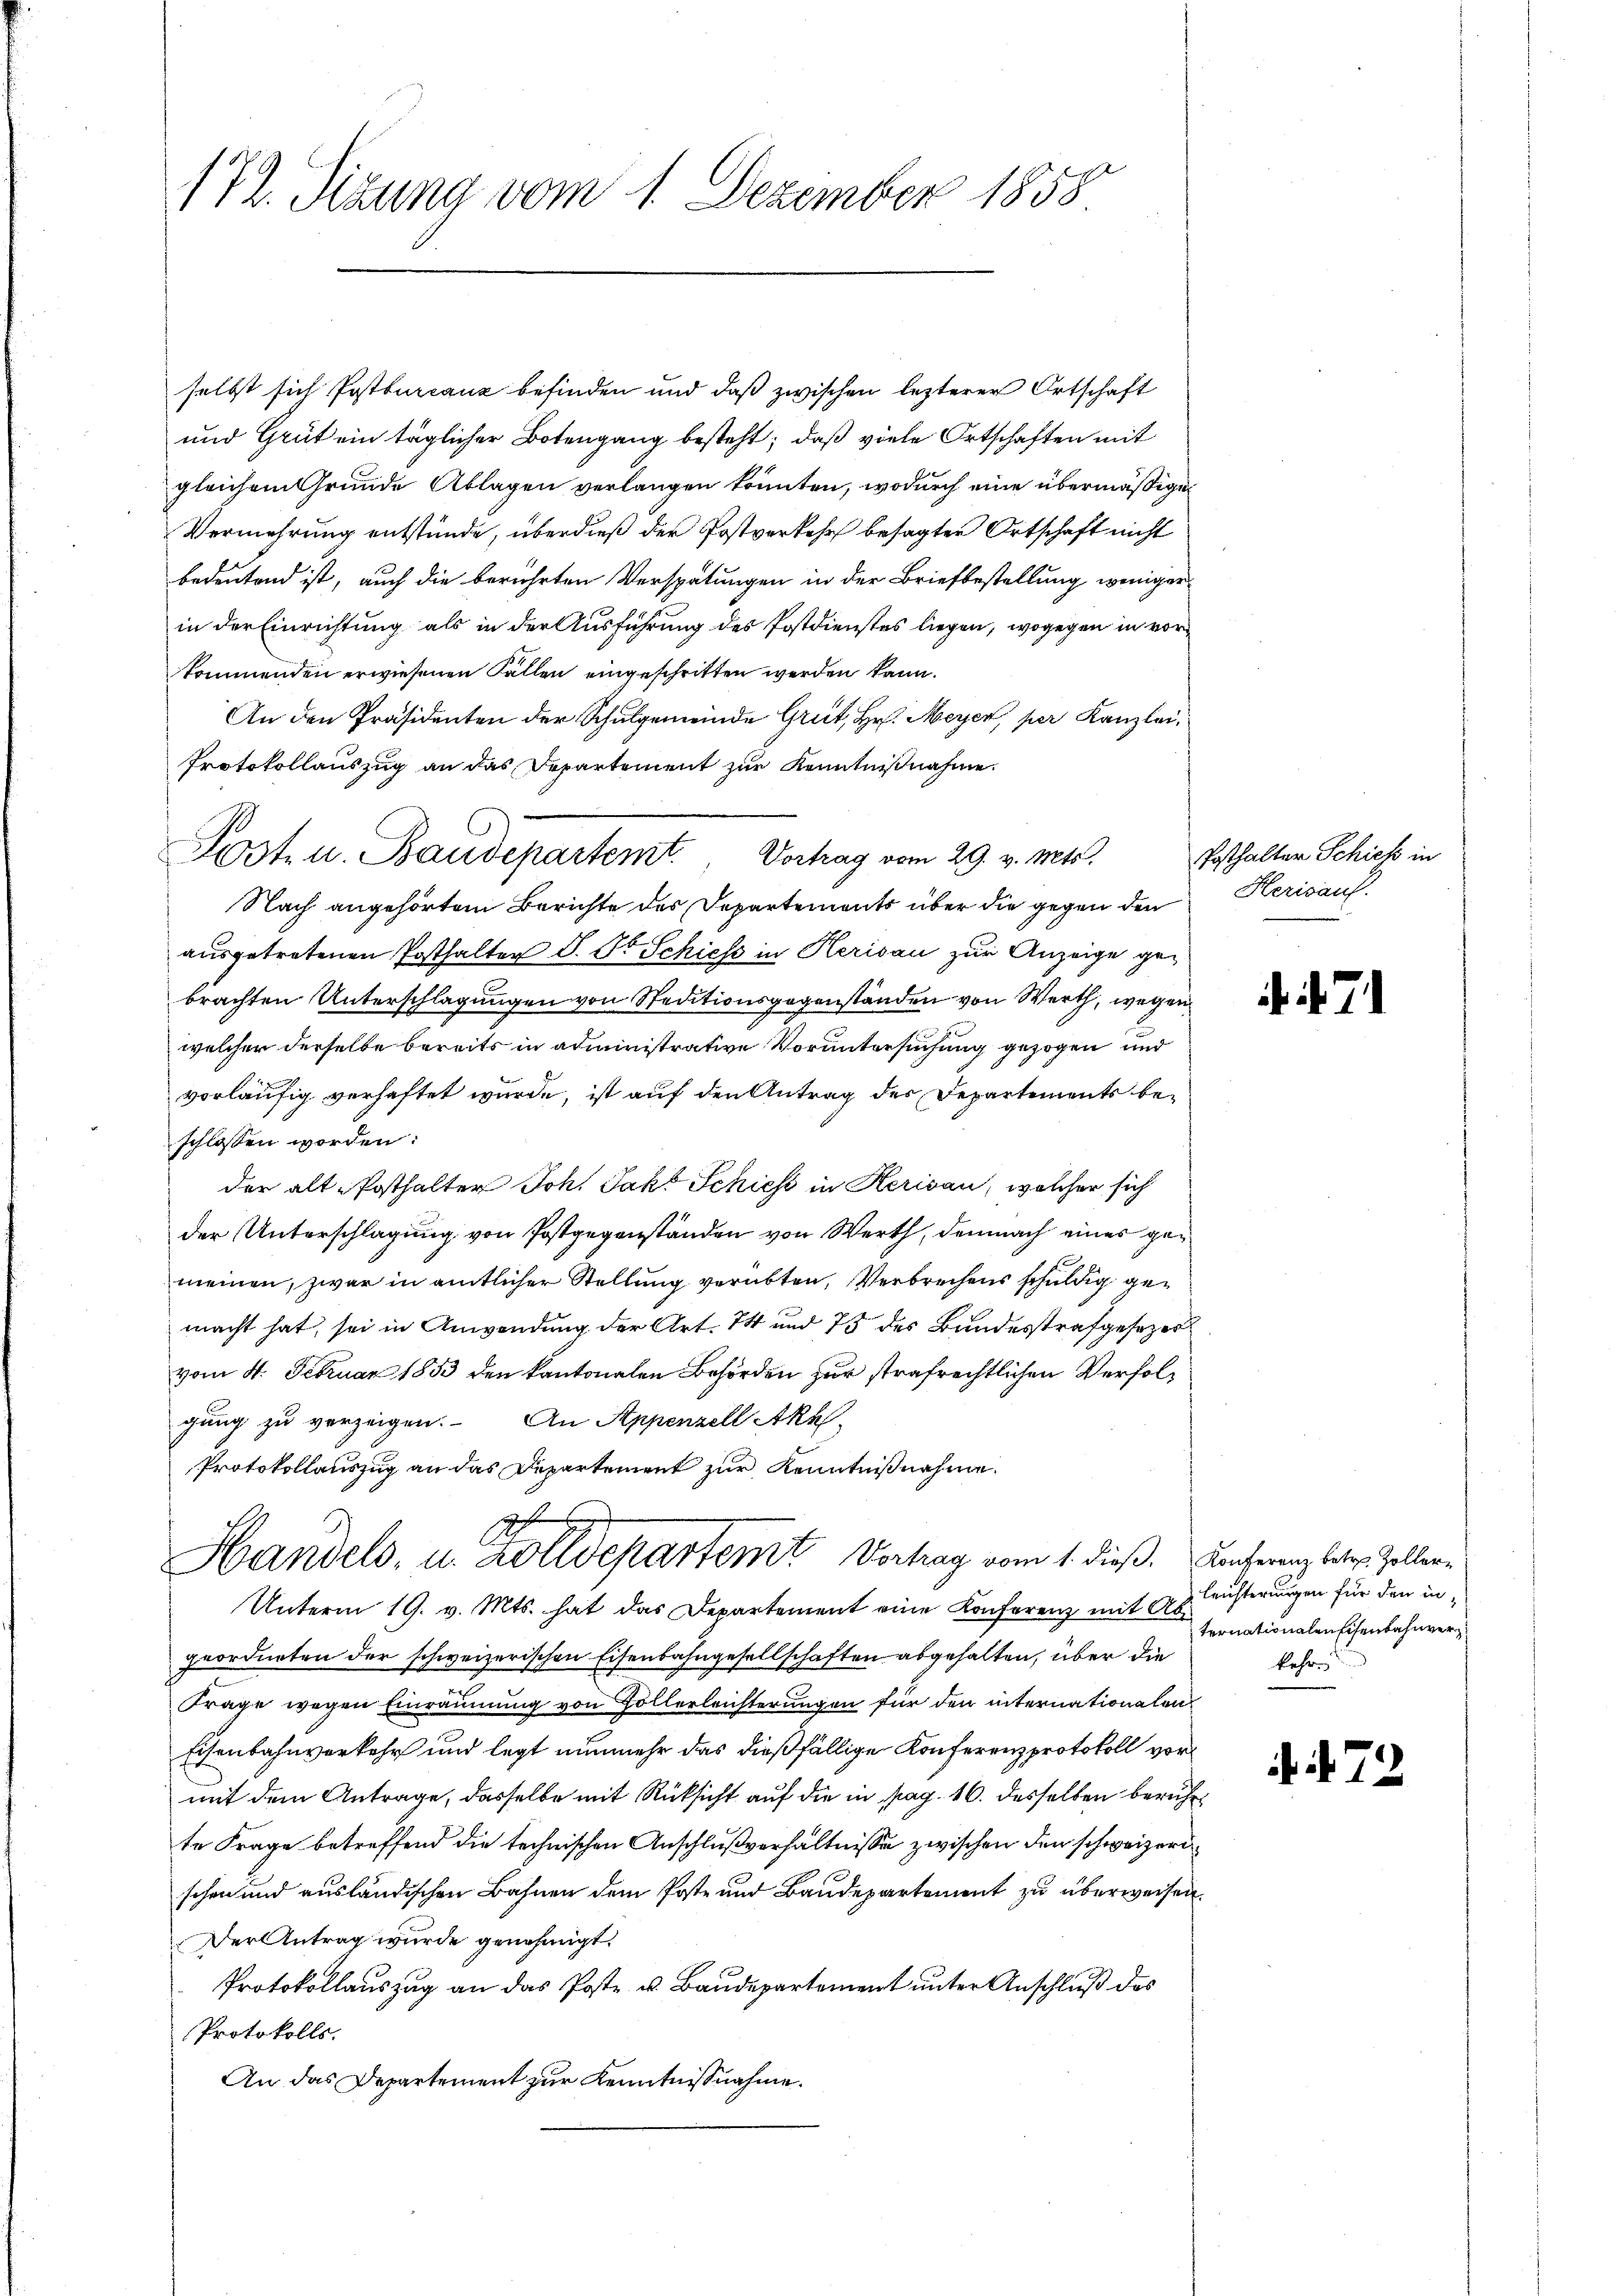
172. Sizung vom 1. Dezember 1858

selbst sich Postbureauz befinden und daß zwischen lezterer Ortschaft
und Grüt ein täglicher Botengang besteht; daß viele Ortschaften mit
gleichem Grunde Ablagen verlangen könnten, wodurch eine übermäßigen
Vermehrung entstünde, überdieß der Postverkehr besagten Ortschaft nicht
bedeutend ist, auch die berührten Verspätungen in der Briefbestellung weniger
in der Einrichtung als in der Ausführung des Postdienstes liegen, wogegen in vorkommenden erwiesenen Fällen eingeschritten werden kann.
An den Präsidenten der Schulgemeinde Grüt, Hr. Meyer, per Kanzlei
Protokollauszug an das Departement zur Kenntnißnahme.
Nach angehörtem Berichte des Departements über die gegen den
ausgetretenen Posthalten S. Dr Schiess in Herisau zur Anzeige gebrachten Unterschlagungen von Steditionsgegenständen von Werth, wegen
welcher derselbe bereits in administrative Voruntersuchung gezogen und
vorläufig verhaftet wurde, ist auf den Antrag der Departements beschlossen worden:
der alt-Posthalter Joh. Jako Schiess in Kerisau, welcher sich
der Unterschlagung von Postgegenständen von Werth, demnach eines gemeinen, zwar in amtlicher Stellung verübten, Verbrechens schuldig gemacht hat, sei in Anwendung der Art. 74 und 73 des Bandesstrafgesezer
vom 4. Februar 1853 den kantonalen Behörden zur strafrechtlichen Verfolgung zu verzeigen. An Appenzell Aka
Protokollauszug an das Departement zur Kenntnißnahme.
dh

Post u. Baudepartemt. Vortrag vom 29. v. Mts.

Handels, u. Zolldepartemt Vortrag vom 1. dieß. Conferenz betr. Zeller¬

Unterm 19. v. Mts. hat das Departement eine Konferenz mit Abgeordneten der schweizerischen Eisenbahngesellschaften abgehalten, über die
2
Frage wegen Einräumung von Zöllerleichterungen für den internationalen
Eisenbahnverkehr und legt nunmehr das dießfällige Konferenzprotokoll vormit dem Antrage, dasselbe mit Rücksicht auf die in pag. 16. desselben beruhe
te Frage betreffend die technischen Anschlußverhältnisse zwischen den schweizeri
schen und ausländischen Bahnen dem Poste und Baudepartement zu überweisen.
Der Antrag wurde genehmigt.
Protokollauszug an das Poste u. Baudepartement unter Anschluß des
Protokolls.
An das Departement zur Kenntnißnahme.

Posthalter Schiess in
Herisauf.

7

leichterungen für den internationalen Eisenbahnver
kehr.

7

3